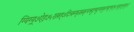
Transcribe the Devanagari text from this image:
ग्यिग्य्र्७ऐइ७५ख्फ्त्७दित्र्क्य्फ्फ्र्य्र्क्च्त्क्दुत्फ्दुय्फ्य्फुत्फ्द्ग्फ्त्५त्च्तुद्७फुत्दु५ए